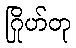
ဂြိုဟ်တု